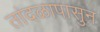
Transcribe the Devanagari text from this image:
तांदळापासुन